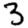
Digit: 3